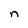
Character: n